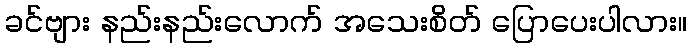
ခင်ဗျား နည်းနည်းလောက် အသေးစိတ် ပြောပေးပါလား။